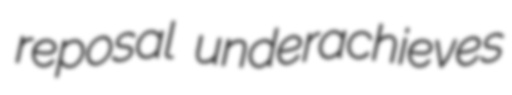
reposal underachieves